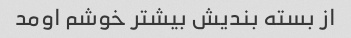
از بسته بندیش بیشتر خوشم اومد